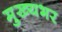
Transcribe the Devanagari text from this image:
मुख्यभर